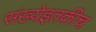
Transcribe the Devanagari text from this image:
संख्येइतकीच